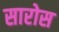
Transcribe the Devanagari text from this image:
सारोस